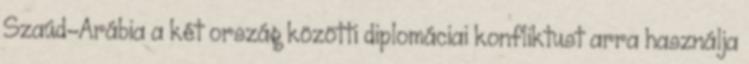
Szaúd-Arábia a két ország közötti diplomáciai konfliktust arra használja